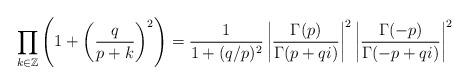
LaTeX: \begin{align*}\prod_{ k \in \mathbb{Z}} \left( 1 + \left( \frac{q}{p+k} \right)^2 \right) = \frac{1}{ 1 + (q/p)^2 } \left| \frac{ \Gamma (p) }{ \Gamma( p + qi) } \right|^2 \left| \frac{ \Gamma (-p) }{ \Gamma( -p + qi) } \right|^2 \end{align*}